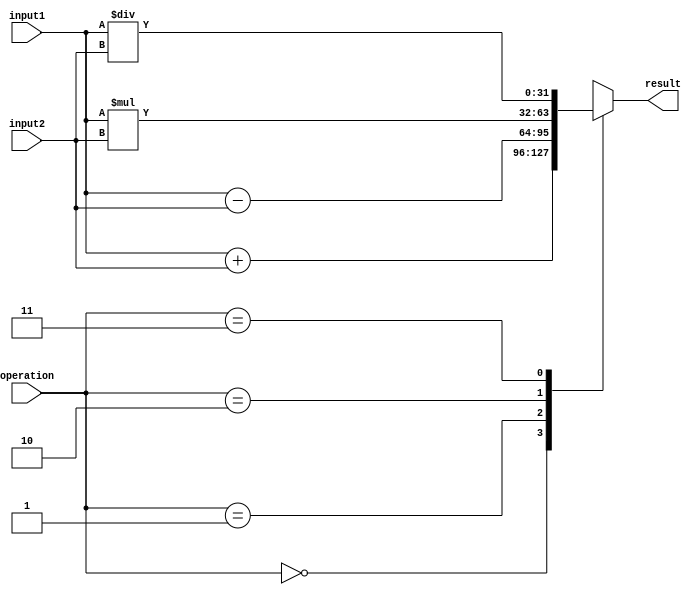
module fixed_point_unit (
    input wire [31:0] input1,
    input wire [31:0] input2,
    input wire [1:0] operation,
    output wire [31:0] result
);

reg [31:0] result_reg;

always @(*) begin
    case(operation)
        2'b00: result_reg = input1 + input2; // addition
        2'b01: result_reg = input1 - input2; // subtraction
        2'b10: result_reg = input1 * input2; // multiplication
        2'b11: result_reg = input1 / input2; // division
        default: result_reg = 0;
    endcase
end

assign result = result_reg;

endmodule